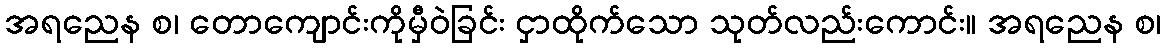
အရညေန စ၊ တောကျောင်းကိုမှီဝဲခြင်း ငှာထိုက်သော သုတ်လည်းကောင်း။ အရညေန စ၊